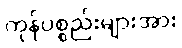
ကုန်ပစ္စည်းများအား